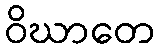
ဝိဃာတေ